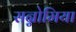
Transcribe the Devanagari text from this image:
सन्नोमिया